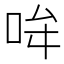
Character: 𪡂